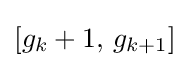
[g_{k}+1,\,g_{k+1}]